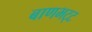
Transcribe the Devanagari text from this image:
बाणभट्‌ट